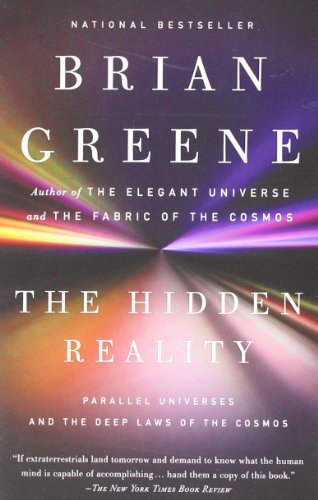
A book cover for The Hidden Reality: Parallel Universes and the Deep Laws of the Cosmos; Brian Greene; Science & Math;